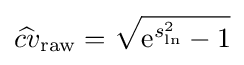
{\widehat {cv}}_{\rm {raw}}={\sqrt {\mathrm {e} ^{s_{\ln }^{2}}-1}}